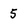
Character: 5